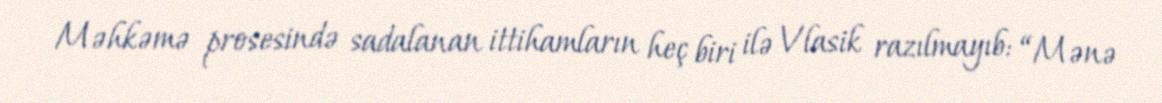
Məhkəmə prosesində sadalanan ittihamların heç biri ilə Vlasik razılmayıb: “Mənə